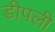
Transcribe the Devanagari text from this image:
डीपली